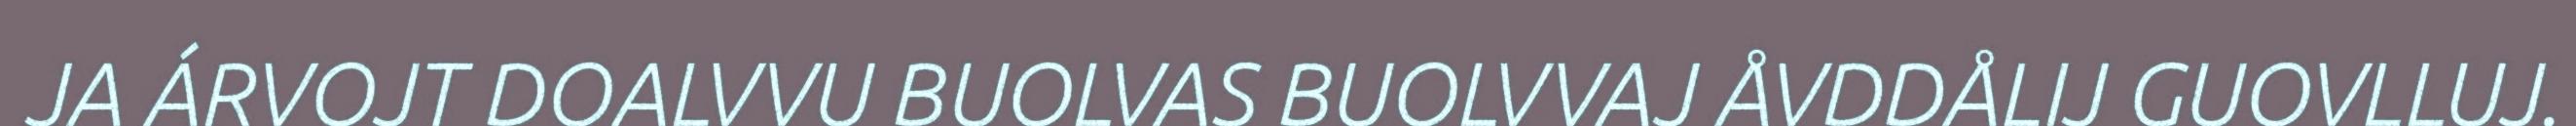
JA ÁRVOJT DOALVVU BUOLVAS BUOLVVAJ ÅVDDÅLIJ GUOVLLUJ.